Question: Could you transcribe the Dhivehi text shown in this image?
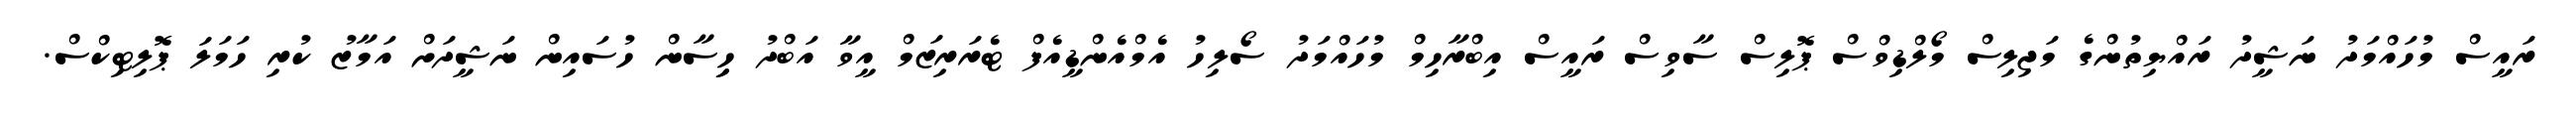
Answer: ރައީސް މުހައްމަދު ނަޝީދު ރައްޔިތުންގެ މަޖިލިސް މޯލްޑިވްސް ޕޮލިސް ސާވިސް ރައީސް އިބްރާހިމް މުހައްމަދު ސޯލިހު އެމްއެންޑީއެފް ޓެރަރިޒަމް އީވާ އަބްދު ހިިސާން ހުސައިން ނަޝީދަށް އަމާޒު ކުރި ހަމަލަ ޕޮލިޓިކްސް.